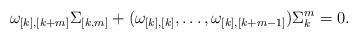
LaTeX: \begin{align*}\omega_{[k],[k+m]}\Sigma_{[k,m]}+(\omega_{[k],[k]},\dots,\omega_{[k],[k+m-1]})\Sigma_k^m=0.\end{align*}